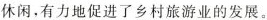
休闲，有力地促进了乡村旅游业的发展。